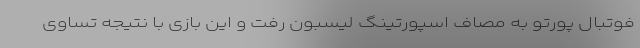
فوتبال پورتو به مصاف اسپورتینگ لیسبون رفت و این بازی با نتیجه تساوی